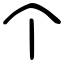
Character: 个